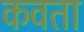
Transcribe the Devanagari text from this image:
कवता